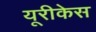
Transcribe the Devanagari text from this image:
यूरीकेस